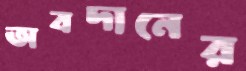
অবদানের